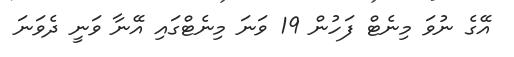
އޭގެ ނުވަ މިނެޓް ފަހުން 19 ވަނަ މިނެޓްގައި އޭނާ ވަނީ ދެވަނަ